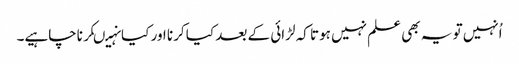
اُنہیں تو یہ بھی علم نہیں ہوتا کہ لڑائی کے بعد کیا کرنا اور کیانہیںکرناچاہیے۔